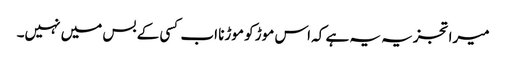
میرا تجزیہ یہ ہے کہ اس موڑ کو موڑنا اب کسی کے بس میں نہیں۔